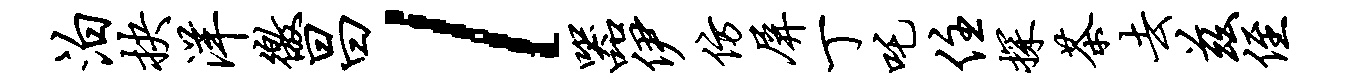
泊抉洋徼昌l器伊仿屏丁吒住探茶去兹侄